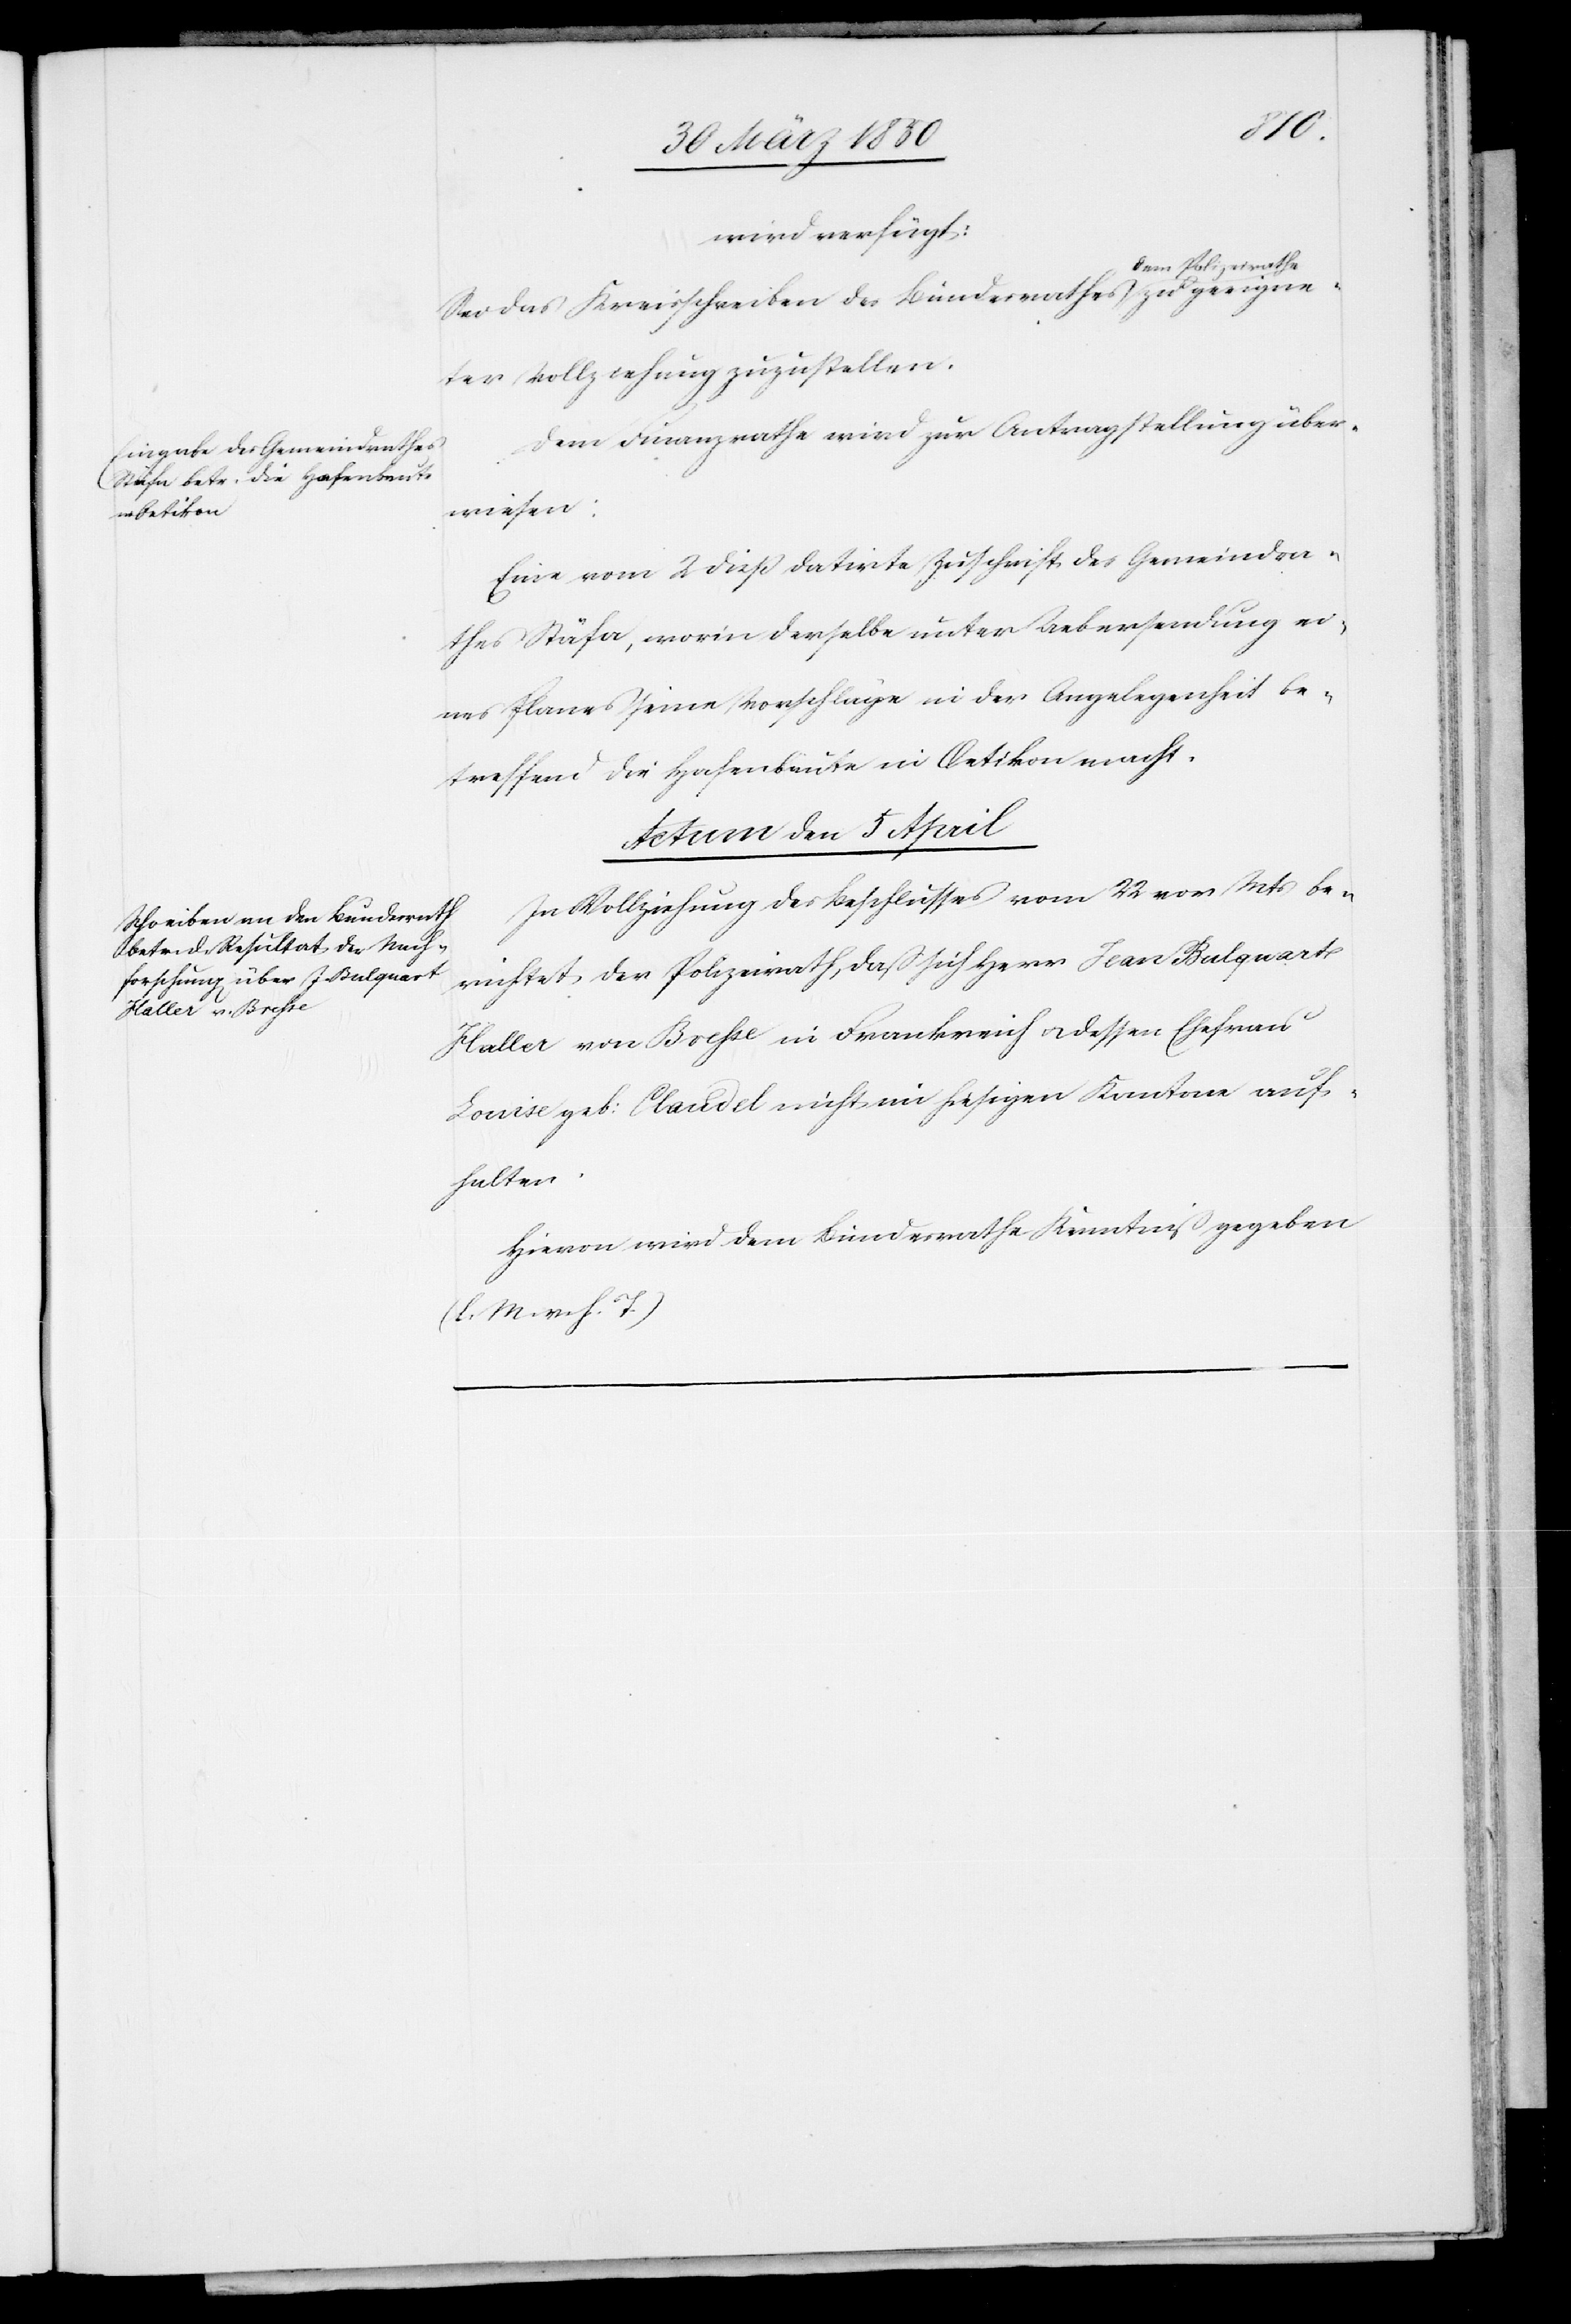
1850]
wird verfügt:
Sei das Kreisschreiben des Bundesrathes dem Polize¬
ter Vollziehung zuzustellen.
Dem Finanzrathe wird zur Antragstellung über¬
wiesen:
Eine vom 2 dieß datirte Zuschrift des Gemeindra¬
thes Stäfa, worin derselbe unter Uebersendung ei¬
nes Planes seine Vorschläge in der Angelegenheit be¬
treffend die Hafenbaute in Oetikon macht.
Actum den 5 April
In Vollziehung des Beschlusses vom 22 vor Mts be¬
richtet der Polizeirath, daß sich Herr Jean Bulquart
irathe zu geeigne¬
Haller von Bresse in Frankreich u. dessen Ehefrau
Louise geb: Claudel nicht im hiesigen Kantone auf¬
halten.
Hievon wird dem Bundesrathe Kenntniß gegeben
(l. M. v. h. T.)